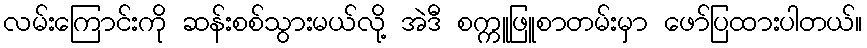
လမ်းကြောင်းကို ဆန်းစစ်သွားမယ်လို့ အဲဒီ စက္ကူဖြူစာတမ်းမှာ ဖော်ပြထားပါတယ်။